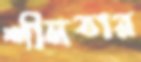
শীলতার